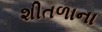
શીતળાના